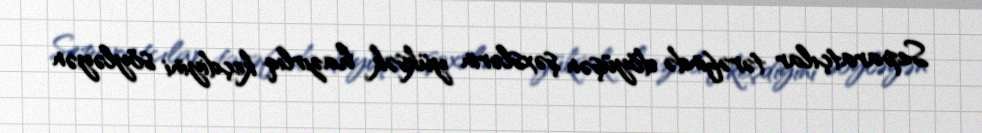
Separatçılar tərəfində döyüşən şəxslərin yüksək hazırlıq keçdiyini söyləyən